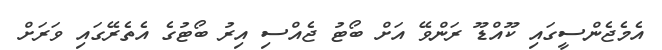
އެމެޖެންސީގައި ކޫއްޑޫ ރަންވޭ އަށް ބޯޓު ޖެއްސި އިރު ބޯޓުގެ އެތެރޭގައި ވަރަށް